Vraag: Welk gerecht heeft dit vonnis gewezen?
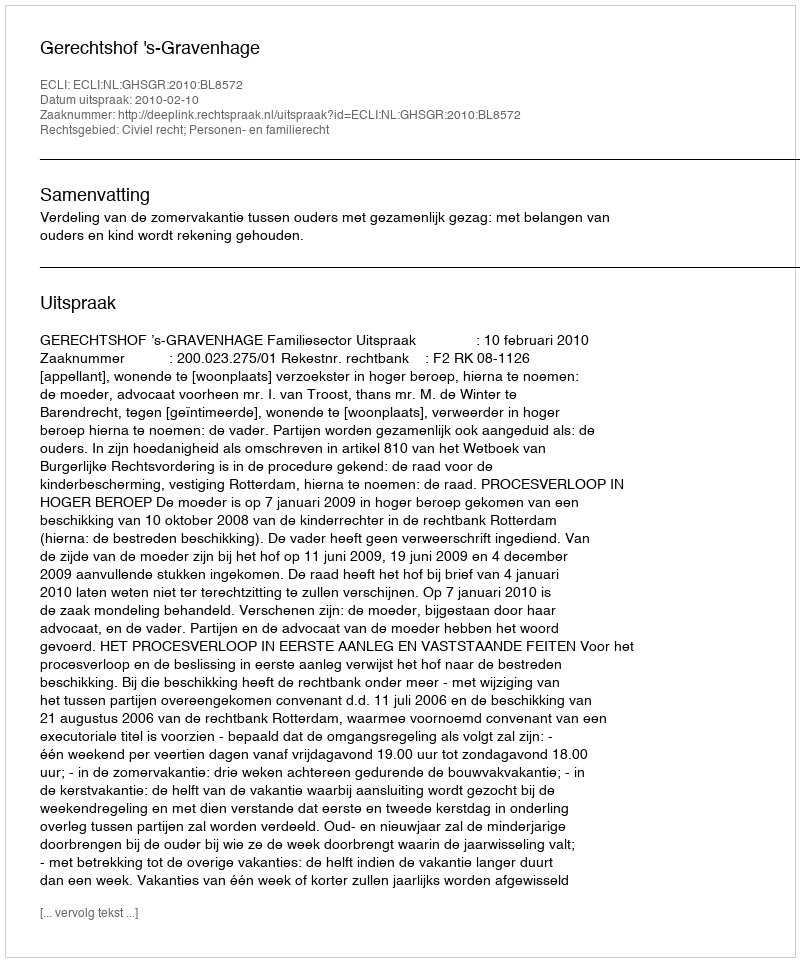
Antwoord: Gerechtshof 's-Gravenhage